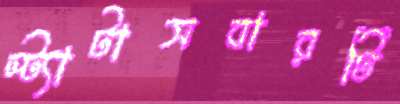
স্ট্যাটাসবারটি